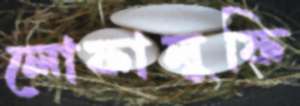
লোফালুফি